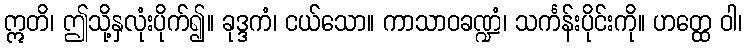
ဣတိ၊ ဤသို့နှလုံးပိုက်၍။ ခုဒ္ဒကံ၊ ငယ်သော။ ကာသာဝခဏ္ဍံ၊ သင်္ကန်းပိုင်းကို။ ဟတ္ထေ ဝါ၊